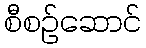
စီစဉ်ဆောင်